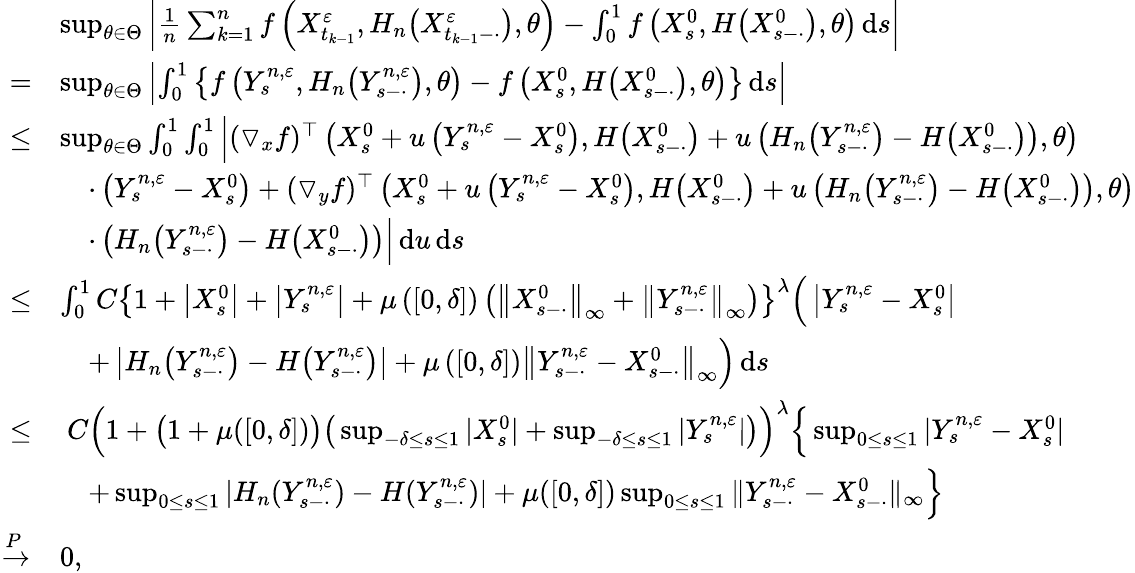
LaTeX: \begin{array}{rl}&{\operatorname*{sup}_{\theta\in\Theta}\left|\frac{1}{n}\sum_{k=1}^{n}f\left(X_{t_{k-1}}^{\varepsilon},H_{n}\big(X_{t_{k-1}-\cdot}^{\varepsilon}\big),\theta\right)-\int_{0}^{1}f\left(X_{s}^{0},H\big(X_{s-\cdot}^{0}\big),\theta\right)\, \mathrm{d}s\right|}\\ {=}&{\operatorname*{sup}_{\theta\in\Theta}\left|\int_{0}^{1}\left\{ f\left(Y_{s}^{n,\varepsilon},H_{n}\big(Y_{s-\cdot}^{n,\varepsilon}\big),\theta\right)-f\left(X_{s}^{0},H\big(X_{s-\cdot}^{0}\big),\theta\right)\right\} \, \mathrm{d}s\right|}\\ {\leq}&{\operatorname*{sup}_{\theta\in\Theta}\int_{0}^{1}\int_{0}^{1}\Big|(\triangledown_{x}f)^{\top}\left(X_{s}^{0}+u\left(Y_{s}^{n,\varepsilon}-X_{s}^{0}\right),H\big(X_{s-\cdot}^{0}\big)+u\left(H_{n}\big(Y_{s-\cdot}^{n,\varepsilon}\big)-H\big(X_{s-\cdot}^{0}\big)\right),\theta\right)}\\ &{\quad\cdot\left(Y_{s}^{n,\varepsilon}-X_{s}^{0}\right)+(\triangledown_{y}f)^{\top}\left(X_{s}^{0}+u\left(Y_{s}^{n,\varepsilon}-X_{s}^{0}\right),H\big(X_{s-\cdot}^{0}\big)+u\left(H_{n}\big(Y_{s-\cdot}^{n,\varepsilon}\big)-H\big(X_{s-\cdot}^{0}\big)\right),\theta\right)}\\ &{\quad\cdot\left(H_{n}\big(Y_{s-\cdot}^{n,\varepsilon}\big)-H\big(X_{s-\cdot}^{0}\big)\right)\Big|\, \mathrm{d}u\, \mathrm{d}s}\\ {\leq}&{\int_{0}^{1}C\left\{ 1+\left|X_{s}^{0}\right|+\left|Y_{s}^{n,\varepsilon}\right|+\mu\left(\left[0,\delta\right]\right)\left(\left\| X_{s-\cdot}^{0}\right\| _{\infty}+\left\| Y_{s-\cdot}^{n,\varepsilon}\right\| _{\infty}\right)\right\} ^{\lambda}\Big(\left|Y_{s}^{n,\varepsilon}-X_{s}^{0}\right|}\\ &{\quad+\left|H_{n}\big(Y_{s-\cdot}^{n,\varepsilon}\big)-H\big(Y_{s-\cdot}^{n,\varepsilon}\big)\right|+\mu\left(\left[0,\delta\right]\right)\left\| Y_{s-\cdot}^{n,\varepsilon}-X_{s-\cdot}^{0}\right\| _{\infty}\Big)\, \mathrm{d}s}\\ {\leq}&{~C\Big(1+\big(1+\mu([0,\delta])\big)\big(\operatorname*{sup}_{-\delta\leq s\leq 1}|X_{s}^{0}|+\operatorname*{sup}_{-\delta\leq s\leq 1}|Y_{s}^{n,\varepsilon}|\big)\Big)^{\lambda}\Big\{ \operatorname*{sup}_{0\leq s\leq 1}|Y_{s}^{n,\varepsilon}-X_{s}^{0}|}\\ &{\quad+\operatorname*{sup}_{0\leq s\leq 1}|H_{n}(Y_{s-\cdot}^{n,\varepsilon})-H(Y_{s-\cdot}^{n,\varepsilon})|+\mu([0,\delta])\operatorname*{sup}_{0\leq s\leq 1}\| Y_{s-\cdot}^{n,\varepsilon}-X_{s-\cdot}^{0}\| _{\infty}\Big\} }\\ {\xrightarrow{P}}&{0,}\end{array}